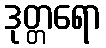
ဒုတ္တရော